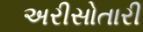
અરીસોતારી